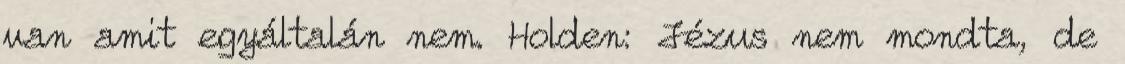
van amit egyáltalán nem. Holden: Jézus nem mondta, de